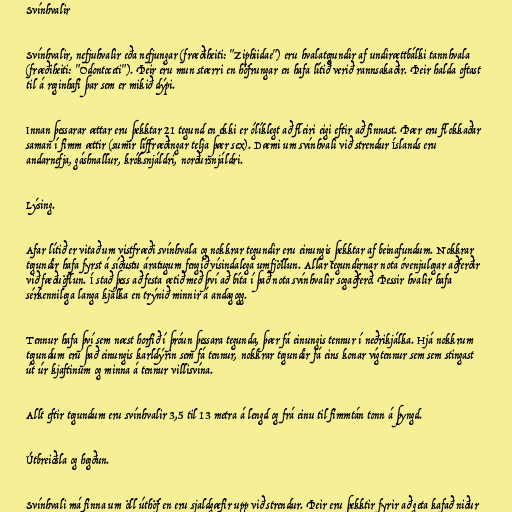
Svínhvalir

Svínhvalir, nefjuhvalir eða nefjungar (fræðiheiti: "Ziphiidae") eru hvalategundir af undirættbálki tannhvala
(fræðiheiti: "Odontoceti"). Þeir eru mun stærri en höfrungar en hafa lítið verið rannsakaðir. Þeir halda oftast
til á reginhafi þar sem er mikið dýpi.

Innan þessarar ættar eru þekktar 21 tegund en ekki er ólíklegt að fleiri eigi eftir að finnast. Þær eru flokkaðar
saman í fimm ættir (sumir líffræðingar telja þær sex). Dæmi um svínhvali við strendur Íslands eru
andarnefja, gáshnallur, króksnjáldri, norðursnjáldri.

Lýsing.

Afar lítið er vitað um vistfræði svínhvala og nokkrar tegundir eru einungis þekktar af beinafundum. Nokkrar
tegundir hafa fyrst á síðustu áratugum fengið vísindalega umfjöllun. Allar tegundirnar nota óvenjulegar aðferðir
við fæðuöflun. Í stað þess að festa ætið með því að bíta í það nota svínhvalir sogaðferð. Þessir hvalir hafa
sérkennilega langa kjálka en trýnið minnir á andagogg.

Tennur hafa því sem næst horfið í þróun þessara tegunda, þær fá einungis tennur í neðrikjálka. Hjá nokkrum
tegundum eru það einungis karldýrin sem fá tennur, nokkrar tegundir fá eins konar vígtennur sem sem stingast
út úr kjaftinum og minna á tennur villisvína.

Allt eftir tegundum eru svínhvalir 3,5 til 13 metra á lengd og frá einu til fimmtán tonn á þyngd.

Útbreiðsla og hegðun.

Svínhvali má finna um öll úthöf en eru sjaldgæfir upp við strendur. Þeir eru þekktir fyrir að geta kafað niður